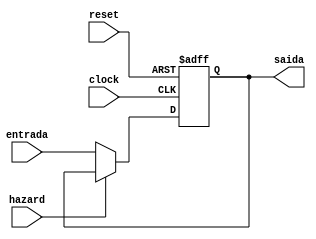
//
//	PC - Contador de programa
//
module PC(input wire [31:0]  entrada, output reg [31:0] saida, input wire clock, input wire reset, input wire hazard);
	always @ (posedge clock or posedge reset) begin
		if(reset) 
			saida <= 0;
      else if (~hazard) 
			saida <= entrada;
	end
endmodule